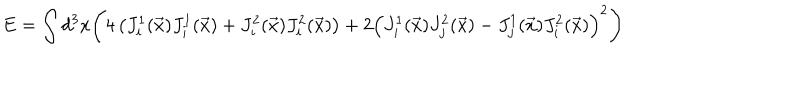
LaTeX: E = \int d ^ { 3 } x \Biggl ( 4 \left( J _ { i } ^ { 1 } ( \vec { x } ) J _ { i } ^ { 1 } ( \vec { x } ) + J _ { i } ^ { 2 } ( \vec { x } ) J _ { i } ^ { 2 } ( \vec { x } ) \right) + 2 \left( J _ { i } ^ { 1 } ( \vec { x } ) J _ { j } ^ { 2 } ( \vec { x } ) - J _ { j } ^ { 1 } ( \vec { x } ) J _ { i } ^ { 2 } ( \vec { x } ) \right) ^ { 2 } \Biggr )